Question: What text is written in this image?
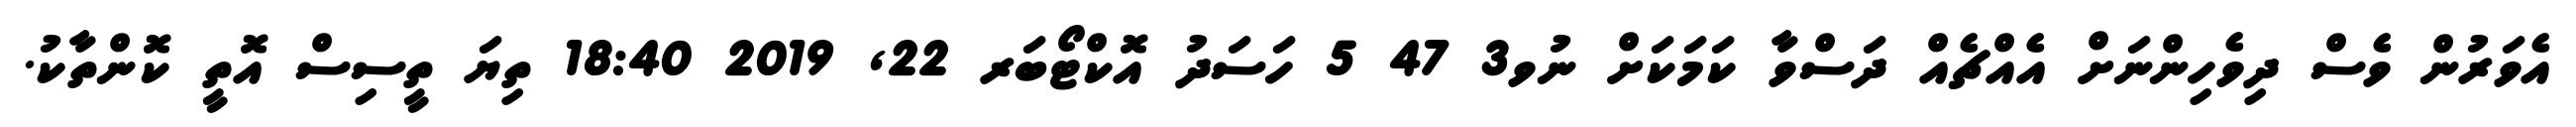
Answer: އެވަރުން ވެސް ދިވެހިންނަށް އެއްޗެއް ދަސްވާ ކަމަކަށް ނުވ3 47 5 ހަސަދު އޮކްޓޯބަރ 22, 2019 18:40 ތިޔަ ތީސިސް އޮތީ ކޮންތާކު.